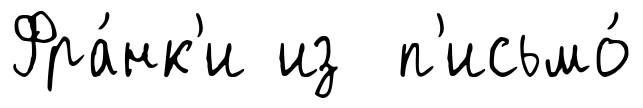
Фра́нк'и из п'исьмо́